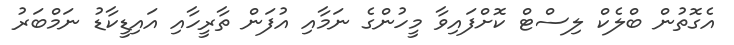
އެގޮތުން ބްލެކް ލިސްޓް ކޮށްފައިވާ މީހުންގެ ނަމާއި އުފަން ތާރީހާއި އައިޑީކާޑު ނަމްބަރު